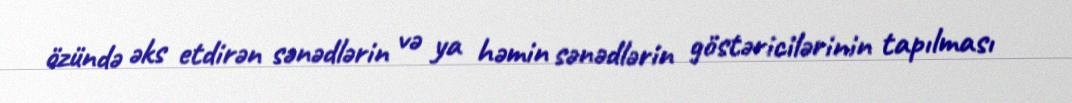
özündə əks etdirən sənədlərin və ya həmin sənədlərin göstəricilərinin tapılması